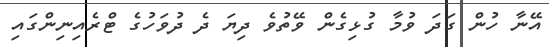
އޭނާ ހުން ގަދަ ވުމާ ގުޅިގެން ވޭތުވެ ދިޔަ ދެ ދުވަހުގެ ޓްރެއިނިންގައި